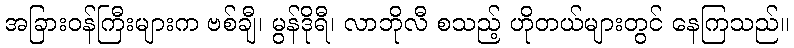
အခြားဝန်ကြီးများက ဗစ်ချီ၊ မွန်ဒိုရီ၊ လာဘိုလီ စသည့် ဟိုတယ်များတွင် နေကြသည်။